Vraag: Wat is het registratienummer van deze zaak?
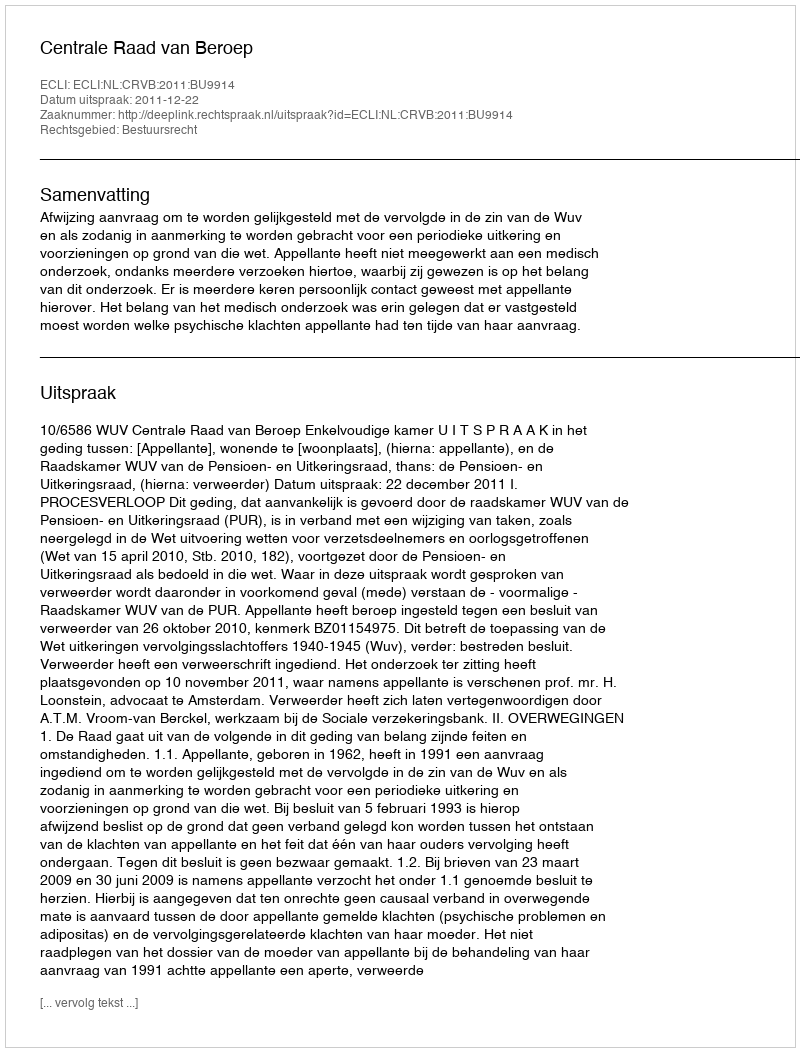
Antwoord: http://deeplink.rechtspraak.nl/uitspraak?id=ECLI:NL:CRVB:2011:BU9914